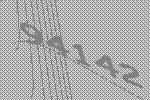
94142